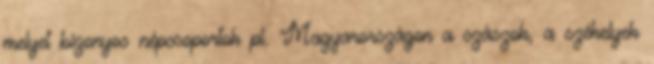
melyet bizonyos népcsoportok pl. Magyarországon a szászok, a székelyek